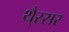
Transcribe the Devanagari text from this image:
थै्रसर